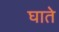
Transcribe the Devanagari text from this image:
घाते